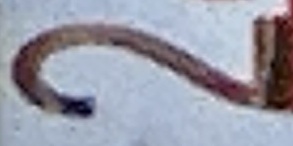
2